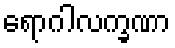
ရောဂါလက္ခဏာ